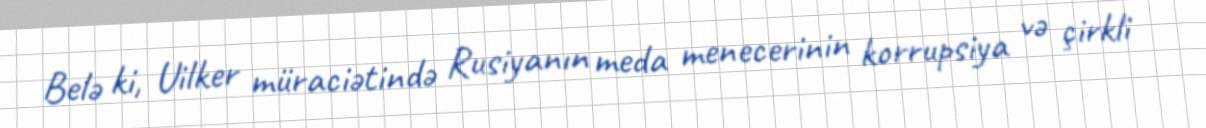
Belə ki, Uilker müraciətində Rusiyanın meda menecerinin korrupsiya və çirkli